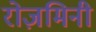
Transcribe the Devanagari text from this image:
रोज़मिनी